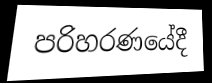
පරිහරණයේදී